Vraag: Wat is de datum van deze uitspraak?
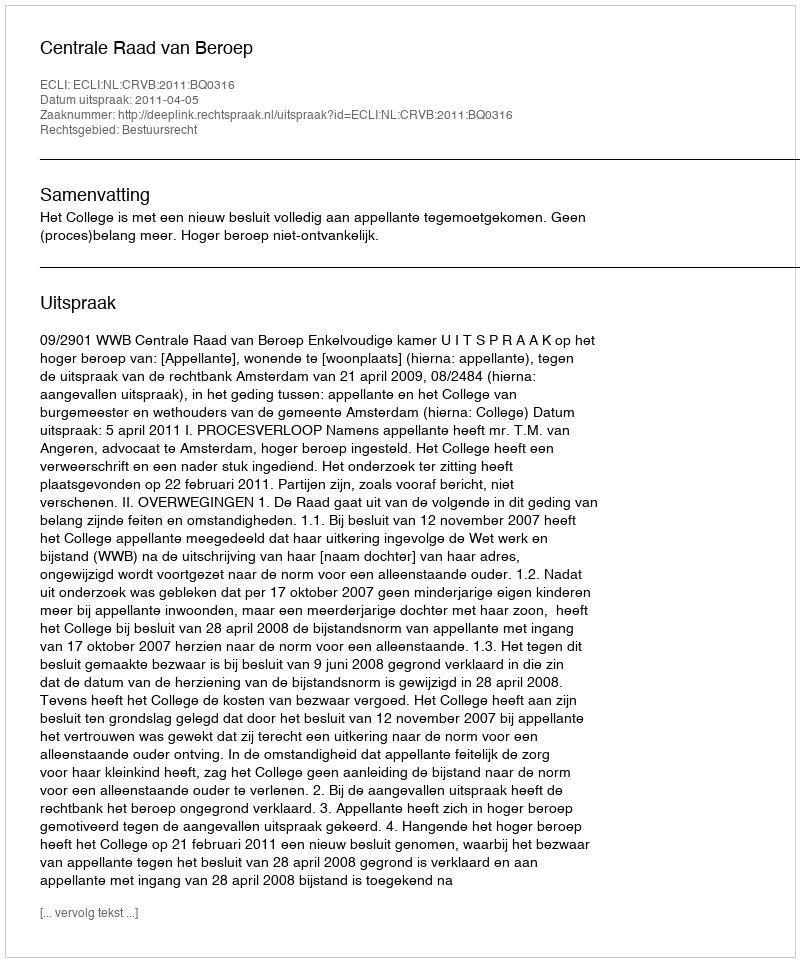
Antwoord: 2011-04-05